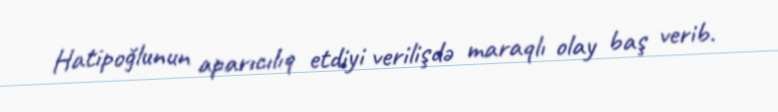
Hatipoğlunun aparıcılıq etdiyi verilişdə maraqlı olay baş verib.